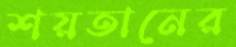
শয়তানের